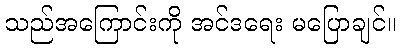
သည်အကြောင်းကို အင်ဒရေး မပြောချင်။